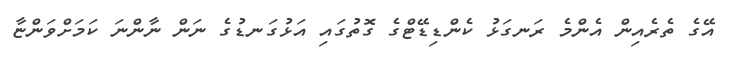
އޭގެ ތެރެއިން އެންމެ ރަނގަޅު ކެންޑިޑޭޓްގެ ގޮތުގައި އަޅުގަނޑުގެ ނަން ނާންނަ ކަމަށްވަންޏާ